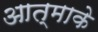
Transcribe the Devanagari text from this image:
आत्माके